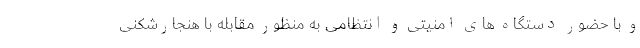
و با حضور دستگاه های امنیتی و انتظامی به منظور مقابله با هنجارشکنی